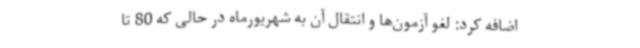
اضافه کرد: لغو آزمون‌ها و انتقال آن به شهریورماه در حالی که 80 تا